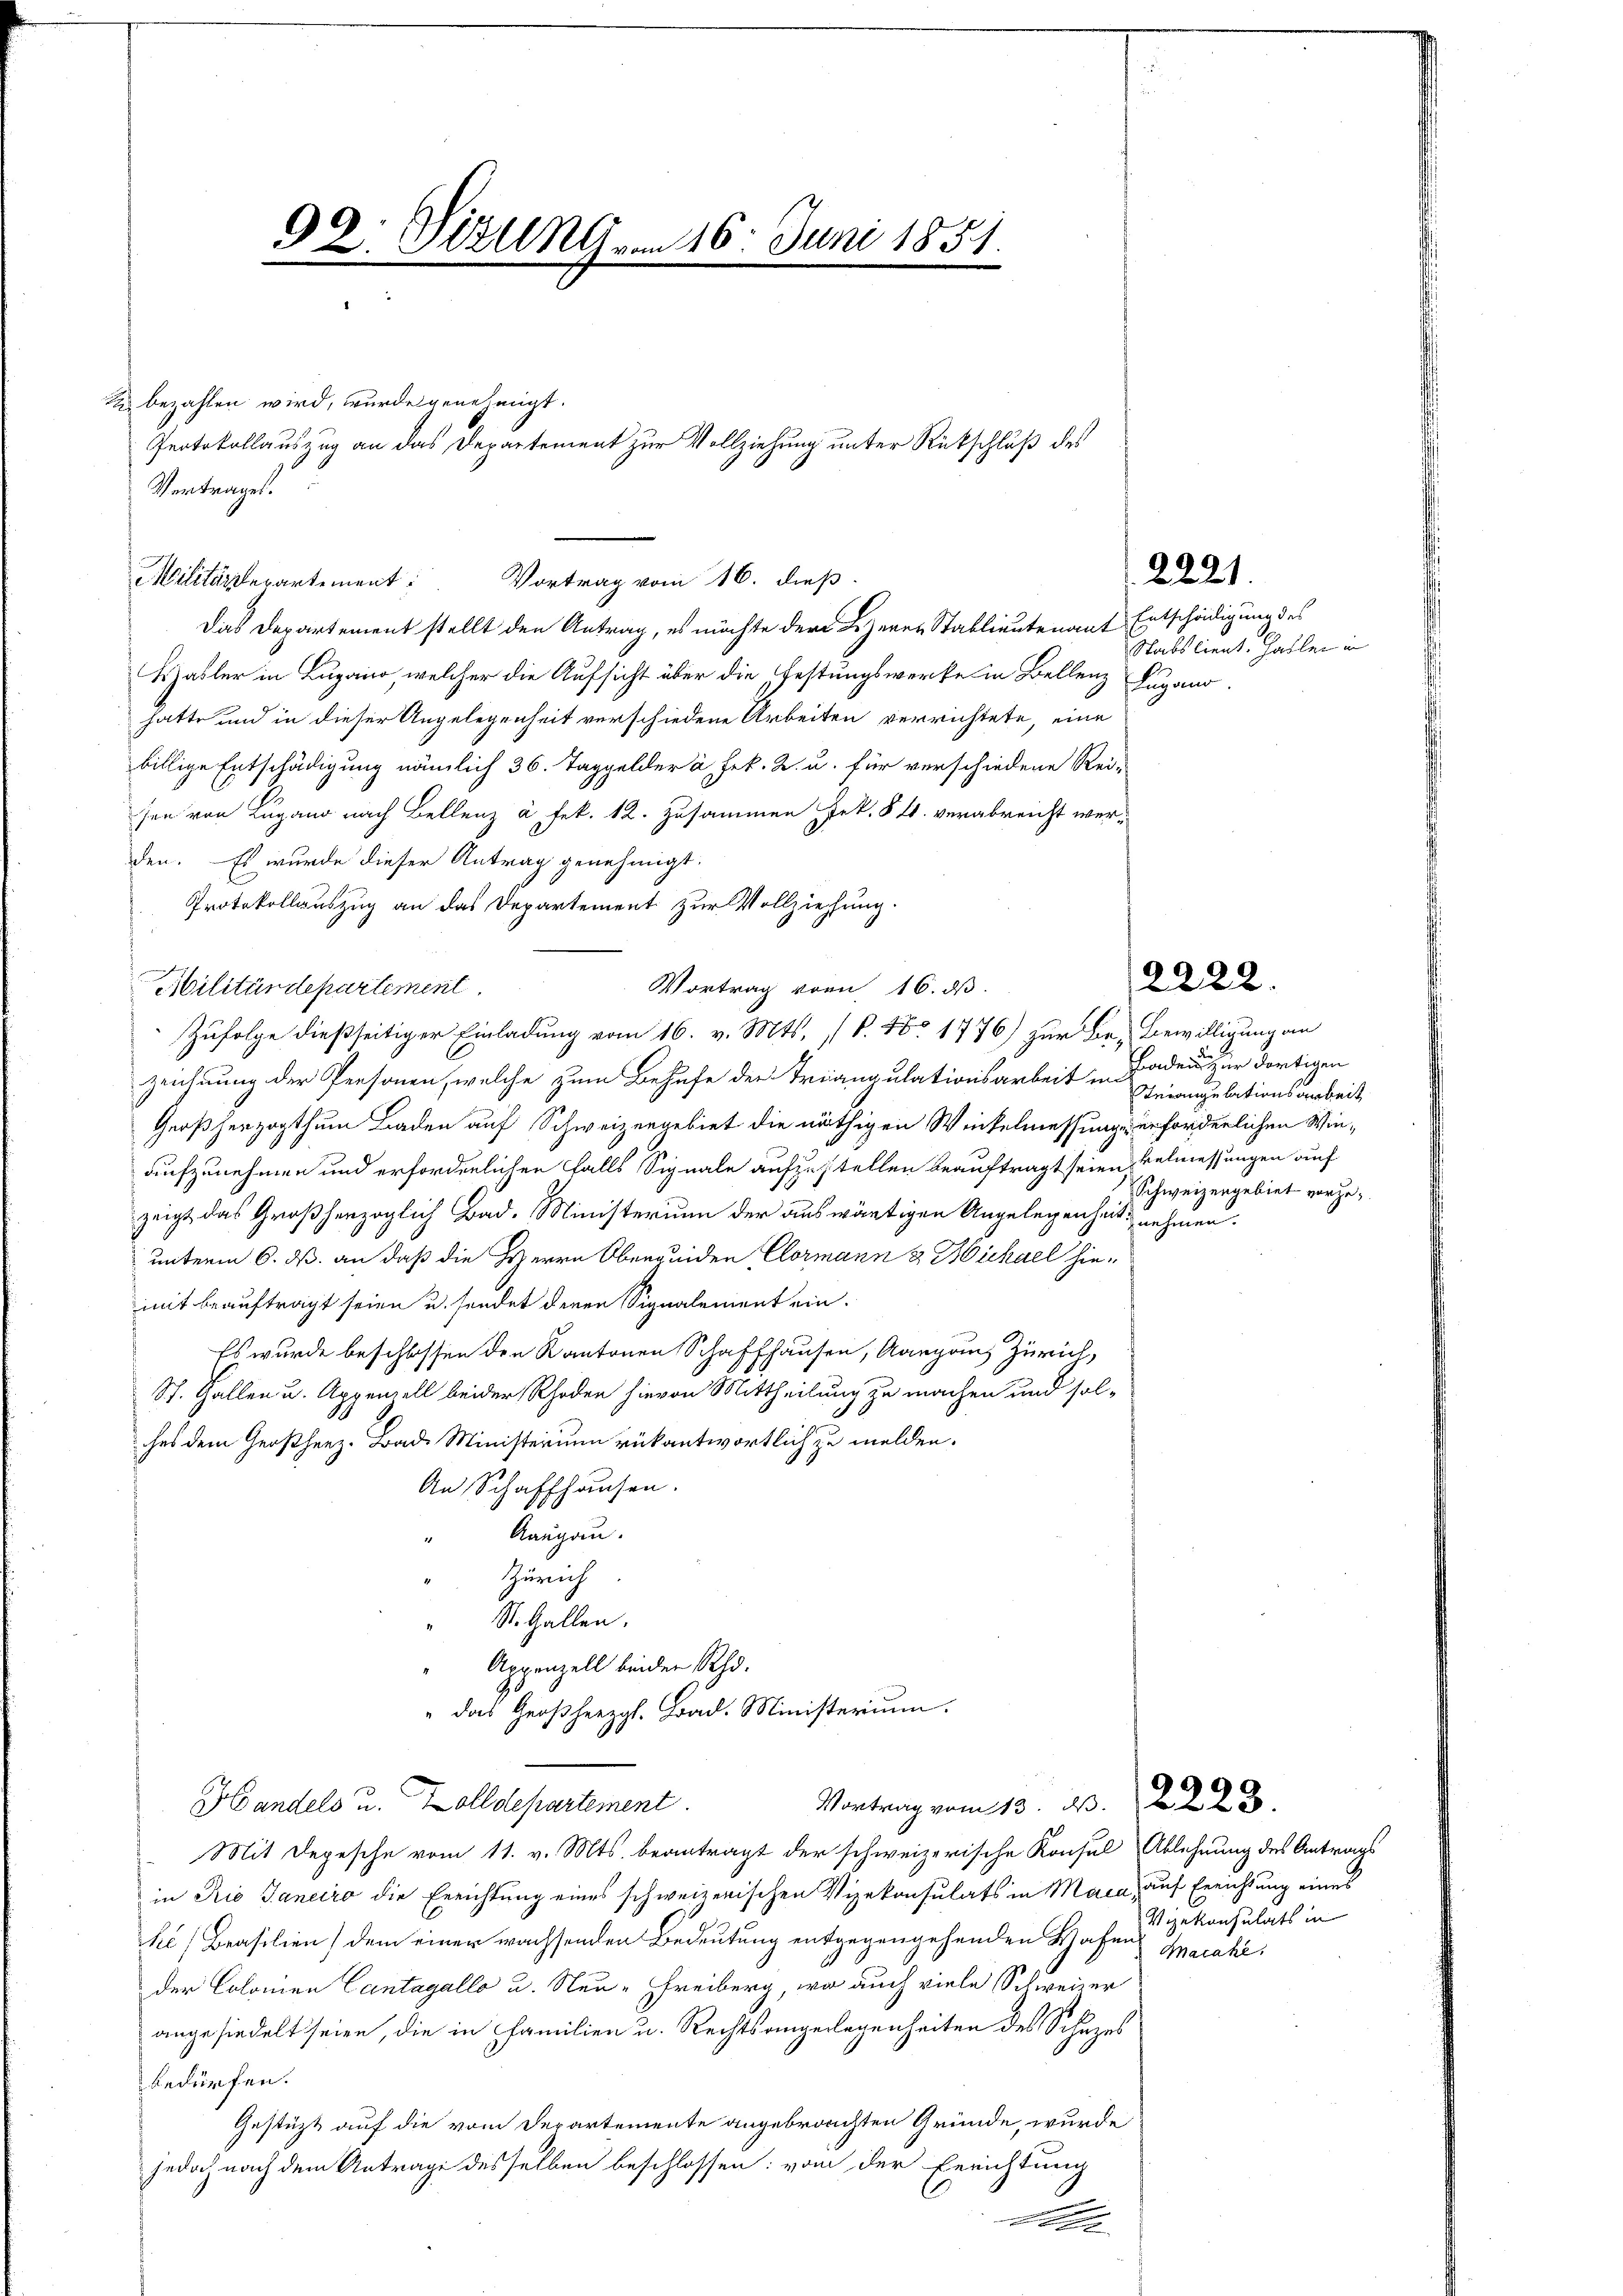
Vertrages.
Militärdepartement: Vortrag vom 16. dieß.
Das Departement stellt den Antrag, es möchte der Lezerer Stablieutenant Entschädigung des
Haller in Lugano, welcher die Aufsicht über die Festungswerfe in Bellenz Lugano.
hatte und in dieser Angelegenheit verschiedene Arbeiten verrichtete, eine
billige Entschädigung nämlich 36. Taggelder à Frk. 2. u. für verschiedene Rei-
sen von Lugano nach Bellenz à Frk. 12. zusammen sek. § 4. verabreicht werden. Es wurde dieser Antrag genehmigt.
Protokollauszug an das Departement zur Vollziehung.
Militärdepartement
Zufolge dießseitiger Einladung vom 16. v. Mts. (T. No 1776) zur Be-Bewilligung an
zeichnung der Personen, welche zum Behufe der Triangulationsarbeit in Geiangelationsarbeit
Gerßherzogthum Baden auf Schweizergebiet die nöthigen Winkelmessung erforderlichen Winaufzunehmen und erforderlichen Falls Signale aufzustellen beauftragt seien kelmessungen auf
zeigt, das Großherzoglich Bad. Ministerium der auswärtigen Angelegenheit nehmen.
unterm 6. ds. an daß die Herrn Obergeiden Cormann & Michael hie-
mit beauftragt seien u. sendet deren Signalement ein¬
Es wurde beschlossen den Kantonen Schaffhausen, Aargaus Zürich,
St. Gallen u. Appenzell beider Rhoden hievon Mittheilung zu machen und sol-
ches dem Großherz- Bad Ministerium rükantwortlich zu melden.
An Schaffhausen.
Aargau.
Zürich
St. Gallen.
Appenzell beider Rho¬
" das Großherzgl. Bad. Ministerium.
Vortrag vom 13. d. 2223.
Handels u. Zolldepartement.
Mit Depesche vom 11. v. Mts. beantragt der schweizerische Konsul Ablehnung des Antrags
in Rio Janeiro die Errichtung eines schweizerischen Vizekonsulats in Maca, auf Errichtung eines
ke (Brasilien) dem einer wachsenden Bedeutung entgegengehenden Hafens Macake,
der Colonien Cantagallo u. Neu-Freiberg, wo auch viele Schweizer
angesiedelt seien, die in Familien u. Rechtsangelegenheiten des Schutzes
bedürfen.
Gestützt auf die vom Departemente angebrauchten Gründe, wurde
jedoch nach dem Antrage desselben beschlossen: von der Errichtung
t

92: Fizung am 16. Juni 1851.

u bezahlen wird, wurde genehmigt.
Protokollauszug an das Departement zur Vollziehung unter Rückschluß des

Vortrag vom 16. ds.

2221.

Stabilient. Galler in

2222.

Handen zur dortigen
Schweizergebiet vorzu¬

Vizekonsulats in